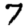
Digit: 7